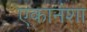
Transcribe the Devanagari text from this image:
एकानंशा